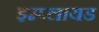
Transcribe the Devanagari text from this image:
इम्प्लायड